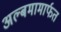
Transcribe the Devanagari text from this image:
अल्बमामार्फत